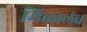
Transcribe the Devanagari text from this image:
मिळालंच